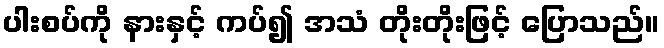
ပါးစပ်ကို နားနှင့် ကပ်၍ အသံ တိုးတိုးဖြင့် ပြောသည်။